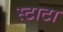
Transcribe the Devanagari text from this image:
स्टाटा